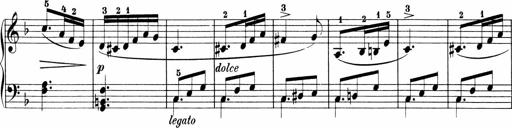
Title: Sonatinen Op.47, 98 und 136, nebst 6 Liedersonatinen
Composer: Carl Reinecke